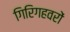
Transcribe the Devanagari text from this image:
गिरिगहवरों